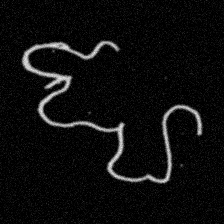
Pyu character \u2014 Myanmar letter: ဈ (romanized: jha)